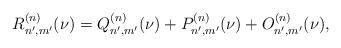
LaTeX: \begin{align*}R_{n',m'}^{(n)}( \nu ) = Q_{n',m'}^{(n)}( \nu ) + P_{n',m'}^{(n)}( \nu ) + O_{n',m'}^{(n)}( \nu ),\end{align*}